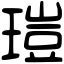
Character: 𤧸